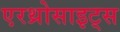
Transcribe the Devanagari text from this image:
एरथ्रोसाइट्स